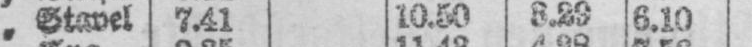
„ Stavel 7.41 10.50 3.29 6.10